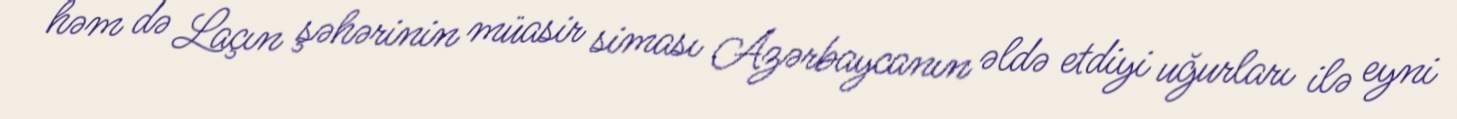
həm də Laçın şəhərinin müasir siması Azərbaycanın əldə etdiyi uğurları ilə eyni